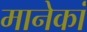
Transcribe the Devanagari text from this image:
मानेकां